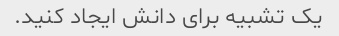
یک تشبیه برای دانش ایجاد کنید.